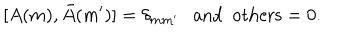
[ A ( m ) , \bar { A } ( m ^ { \prime } ) ] = \delta _ { m m ^ { \prime } } \ \ \ \mathrm { a n d \ \ o t h e r s } = 0 .